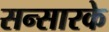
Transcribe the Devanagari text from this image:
सन्सारके